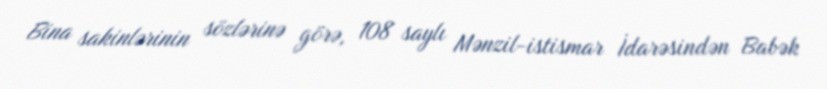
Bina sakinlərinin sözlərinə görə, 108 saylı Mənzil-istismar İdarəsindən Babək